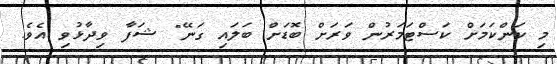
މި ކަންކަމަށް ކަސްޓަމަރުން ވަރަށް ބޮޑަށް ބަލައި ގަނޭ" ޝަފާ ވިދާޅުވި އެވެ.